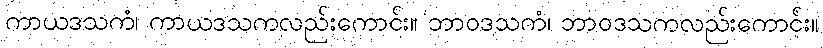
ကာယဒသကံ၊ ကာယဒသကလည်းကောင်း။ ဘာဝဒသကံ၊ ဘာဝဒသကလည်းကောင်း။